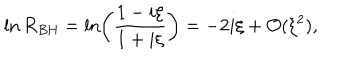
\ln { \cal R } _ { \mathrm { B H } } = \ln \left( \frac { 1 - i \xi } { 1 + i \xi } \right) = - 2 i \xi + { \cal O } ( \xi ^ { 2 } ) ,